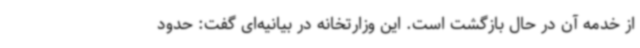
از خدمه آن در حال بازگشت است. این وزارتخانه در بیانیه‌ای گفت: حدود